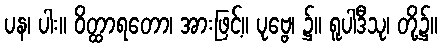
ပန၊ ပါး။ ဝိတ္ထာရတော၊ အားဖြင့်။ ပုဗ္ဗေ၊ ၌။ ရူပါဒီသု၊ တို့၌။